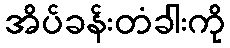
အိပ်ခန်းတံခါးကို